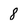
Character: 8